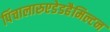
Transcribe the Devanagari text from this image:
पिंचालारुएडेडहैमिल्टन